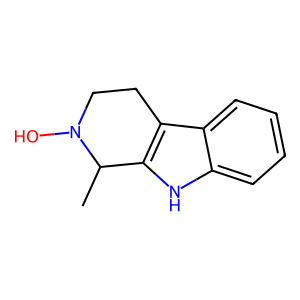
SMILES: CC1c2[nH]c3ccccc3c2CCN1O
Inhibits HIV replication: No